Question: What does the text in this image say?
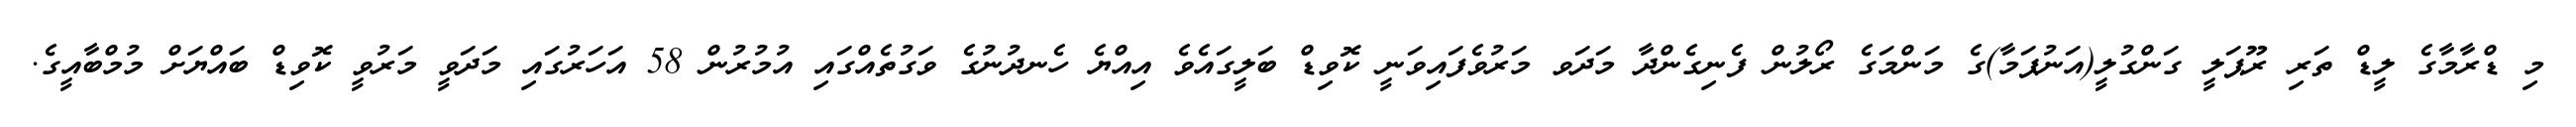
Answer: މި ޑްރާމާގެ ލީޑް ތަރި ރޫޕަލީ ގަންގުލީ(އަނުޕަމާ)ގެ މަންމަގެ ރޯލުން ފެނިގެންދާ މަދަވ މަރުވެފައިވަނީ ކޮވިޑް ބަލީގައެވެ އިއްޔެ ހެނދުނުގެ ވަގުތެއްގައި އުމުރުން 58 އަހަރުގައި މަދަވީ މަރުވީ ކޮވިޑް ބައްޔަށް މުމްބާއީގެ.